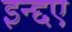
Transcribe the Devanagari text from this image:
इन्द्दए